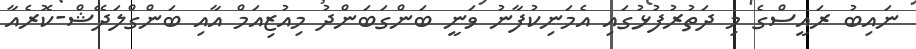
ނައިބު ރައީސްގެ މި ދަތުރުފުޅުގައި އެމަނިކުފާނު ވަނީ ބަންގަބަންދު މިއުޒިއަމް އާއި ބަންގްލަދޭޝް-ކޮރެއާ